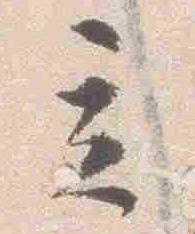
立